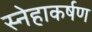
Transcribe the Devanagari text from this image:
स्नेहाकर्षण